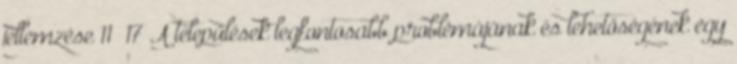
jellemzése 11 17 A települések legfontosabb problémájának és lehetőségének egy